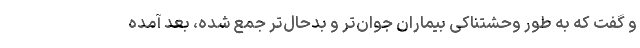
و گفت که به طور وحشتناکی بیماران جوان‌تر و بدحال‌تر جمع شده، بعد آمده